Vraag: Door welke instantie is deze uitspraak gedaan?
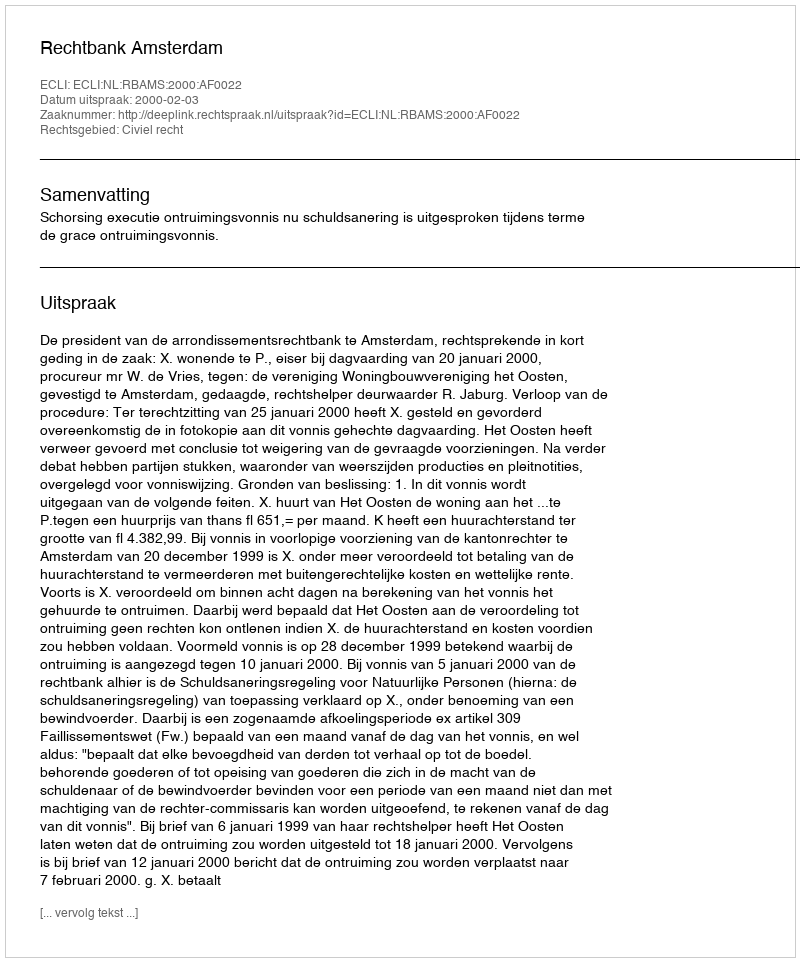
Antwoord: Rechtbank Amsterdam